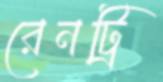
রেনট্রি